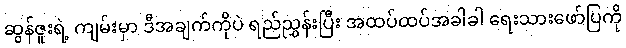
ဆွန်ဇူးရဲ့ ကျမ်းမှာ ဒီအချက်ကိုပဲ ရည်ညွှန်းပြီး အထပ်ထပ်အခါခါ ရေးသားဖော်ပြကို